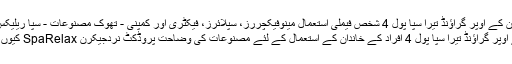
چین کے گارڈن کے اوپر گراؤنڈ تیرا سپا پول 4 شخص فیملی استعمال مینوفیکچررز، سپلائرز، فیکٹری اور کمپنی - تھوک مصنوعات - سپا ریلیکس کمپنی، لمیٹڈ
گارڈن کے اوپر گراؤنڈ تیرا سپا پول 4 افراد کے خاندان کے استعمال کے لئے مصنوعات کی وضاحت پروڈکٹ نردجیکرن SpaRelax کیوں منتخب کریں؟